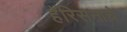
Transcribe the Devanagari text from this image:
हॅरिसनाचे